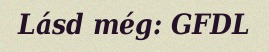
Lásd még: GFDL